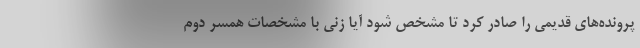
پرونده‌های قدیمی را صادر کرد تا مشخص شود آیا زنی با مشخصات همسر دوم